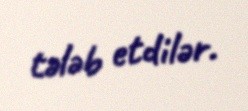
tələb etdilər.